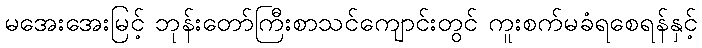
မအေးအေးမြင့် ဘုန်းတော်ကြီးစာသင်ကျောင်းတွင် ကူးစက်မခံရစေရန်နှင့်